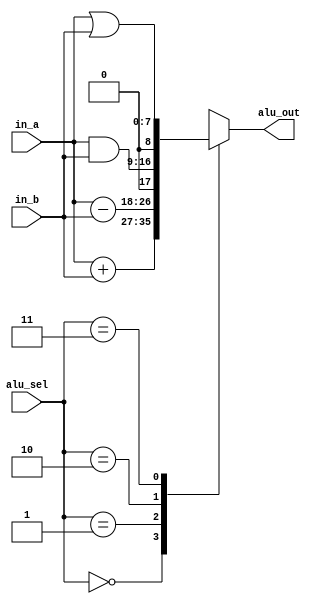
// Verilog project: Verilog code for ALU
/*
module ALU(A, B, ALU_Sel,ALU_Out, CarryOut);
           
	input [7:0] A,B;  // ALU 8-bit Inputs                 
   input [3:0] ALU_Sel;// ALU Selection
   output [7:0] ALU_Out; // ALU 8-bit Output
   output CarryOut; // Carry Out Flag
    
    reg [7:0] ALU_Result;
    wire [8:0] tmp;
    assign ALU_Out = ALU_Result; // ALU out
    assign tmp = {1'b0,A} + {1'b0,B};
    assign CarryOut = tmp[8]; // Carryout flag
    always @(*)
    begin
        case(ALU_Sel)
        4'b0000: // Addition
           ALU_Result = A + B ; 
        4'b0001: // Subtraction
           ALU_Result = A - B ;
        4'b0010: // Multiplication
           ALU_Result = A * B;
        4'b0011: // Division
           ALU_Result = A/B;
        4'b0100: // Logical shift left
           ALU_Result = A<<1;
         4'b0101: // Logical shift right
           ALU_Result = A>>1;
         4'b0110: // Rotate left
           ALU_Result = {A[6:0],A[7]};
         4'b0111: // Rotate right
           ALU_Result = {A[0],A[7:1]};
          4'b1000: //  Logical and 
           ALU_Result = A & B;
          4'b1001: //  Logical or
           ALU_Result = A | B;
          4'b1010: //  Logical xor 
           ALU_Result = A ^ B;
          4'b1011: //  Logical nor
           ALU_Result = ~(A | B);
          4'b1100: // Logical nand 
           ALU_Result = ~(A & B);
          4'b1101: // Logical xnor
           ALU_Result = ~(A ^ B);
          4'b1110: // Greater comparison
           ALU_Result = (A>B)?8'd1:8'd0 ;
          4'b1111: // Equal comparison   
            ALU_Result = (A==B)?8'd1:8'd0 ;
          default: ALU_Result = A + B ; 
        endcase
    end

endmodule

*/

module ALU (
input [1:0] alu_sel,
input [7:0] in_a, in_b,
output reg [8:0] alu_out
);

always @ (*)
begin 
	case (alu_sel)
	2'b00:	alu_out <= in_a + in_b;
	2'b01:	alu_out <= in_a - in_b;
	2'b10:	alu_out <= in_a & in_b;
	2'b11:	alu_out <= in_a | in_b;
	
	default :alu_out <=0;
	endcase
end

endmodule